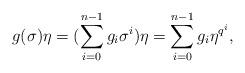
LaTeX: \begin{align*}g(\sigma)\eta &=({\sum_{i=0}^{n-1}g_{i}\sigma^i})\eta={\sum_{i=0}^{n-1}g_{i}\eta^{q^i}},\end{align*}